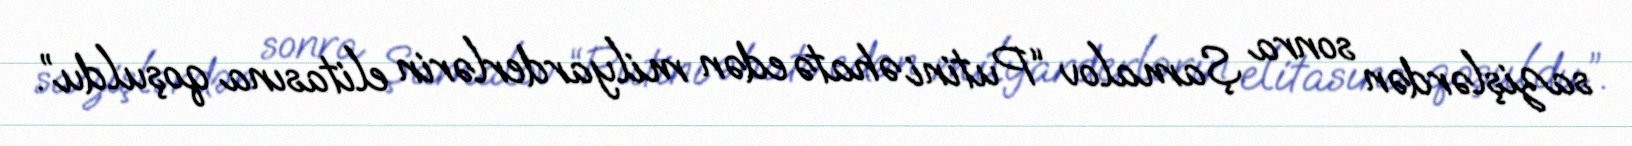
sazişlərdən sonra Şamalov “Putini əhatə edən milyarderlərin elitasına qoşuldu”.